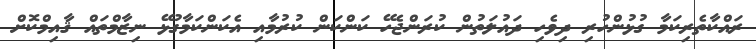
ރައްކާތެރިކަމާ ގުޅުންހުރި ދިވެހި ދައުލަތުން ކުރަންޖެހޭ ކަންކަން ކުރުމާއި އެކަންކަމާގުޅޭ ނިޒާމްތައް ޤާއިމްކޮށް